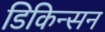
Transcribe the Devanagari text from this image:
डिकिन्‍सन